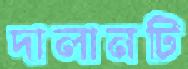
দালানটি